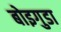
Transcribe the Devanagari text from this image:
बोइगुडा